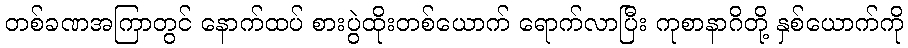
တစ်ခဏအကြာတွင် နောက်ထပ် စားပွဲထိုးတစ်ယောက် ရောက်လာပြီး ကုစာနာဂိတို့ နှစ်ယောက်ကို